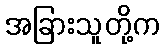
အခြားသူတို့က